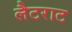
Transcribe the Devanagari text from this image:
लैटराट